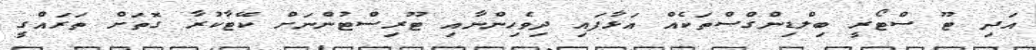
އަދި ޓޫ ސްޓޯރީ ބިލްޑިންގްސްތަކެއް އަޅާފައި ދިވެހިންނާއި ޓޫރިސްޓުންނަށް ކޭޓާކުރާ ގޮތަށް ތަރައްގީ